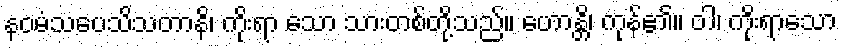
နဝမံသပေသိသတာနိ၊ ကိုးရာ သော သားတစ်တို့သည်။ ဟောန္တိ၊ ကုန်၏။ ဝါ၊ ကိုးရာသော